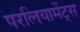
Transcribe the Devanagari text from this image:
परलियामेंट्स